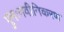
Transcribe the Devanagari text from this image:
पुनःनवीनिकरण